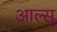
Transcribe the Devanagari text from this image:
आल्सू